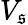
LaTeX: V_{\mathfrak{s}}